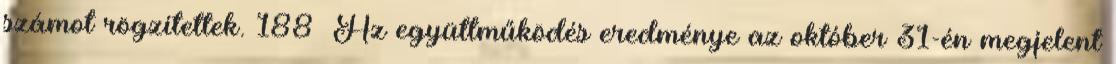
számot rögzítettek. 188 Az együttműködés eredménye az október 31-én megjelent